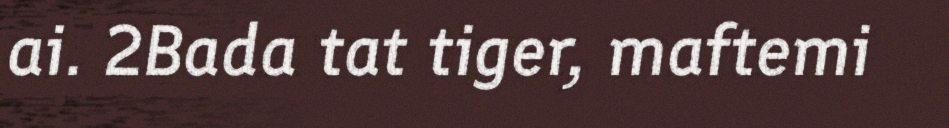
ai. 2Bada tat tiger, maftemi